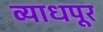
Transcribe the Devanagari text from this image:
व्याधपूर